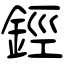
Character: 鋞